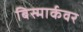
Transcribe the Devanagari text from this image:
बिस्मार्कवर